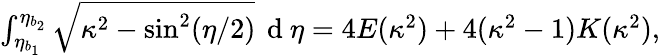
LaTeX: \begin{array}{r}{\int_{\eta_{b_{1}}}^{\eta_{b_{2}}}\sqrt{\kappa^{2}-\sin^{2}(\eta/2)}\, \mathrm{~d~}\eta=4E(\kappa^{2})+4(\kappa^{2}-1)K(\kappa^{2}),}\end{array}